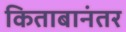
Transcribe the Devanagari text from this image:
किताबानंतर